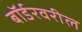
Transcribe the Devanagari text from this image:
बॉर्डरवरील